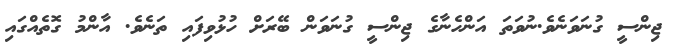
ޖިންސީ ގުނަވަނެވެ.ނުވަތަ އަންހެނާގެ ޖިންސީ ގުނަވަން ބޭރަށް ހުޅުވިފައި ތަނެވެ. އާންމު ގޮތެއްގައި